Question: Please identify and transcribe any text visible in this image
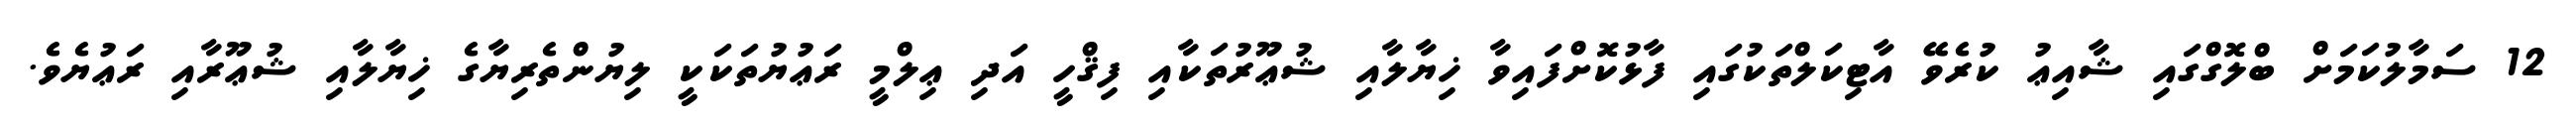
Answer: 12 ސަމާލުކަމަށް ބްލޮގްގައި ޝާއިޢު ކުރެވޭ އާޓިކަލްތަކުގައި ފާޅުކޮށްފައިވާ ޚިޔާލާއި ޝުޢޫރުތަކާއި ފިޤްހީ އަދި ޢިލްމީ ރަޢުޔުތަކަކީ ލިޔުންތެރިޔާގެ ޚިޔާލާއި ޝުޢޫރާއި ރަޢުޔެވެ.